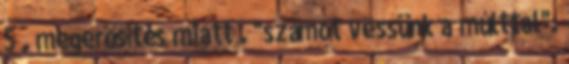
5 . megerősítés miatt . "számot vessünk a múlttal".